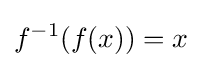
f^{-1}(f(x))=x